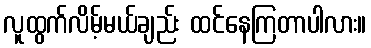
လူထွက်လိမ့်မယ်ချည်း ထင်နေကြတာပါလား။